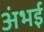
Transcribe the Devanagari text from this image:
अंभई